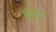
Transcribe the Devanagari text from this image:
बेंद्रेंचा